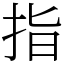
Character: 指